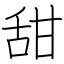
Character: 甜